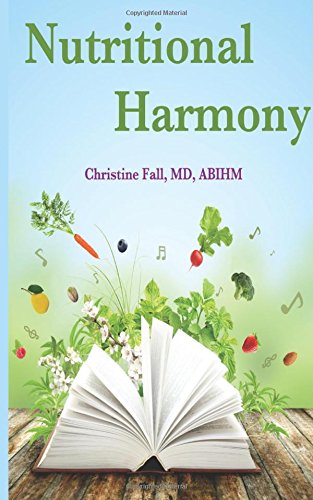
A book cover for Nutritional Harmony: Tuning Your Diet to Cancer and Chronic Disease Prevention; Dr. Christine Fall MD; Health, Fitness & Dieting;